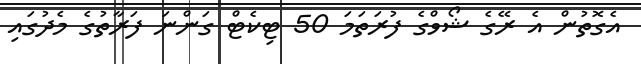
އެގޮތުން އެ ރޭގެ ޝޯވްގެ ފުރަތަމަ 50 ޓިކެޓް ގަންނަ ފަރާތުގެ މެދުގައި